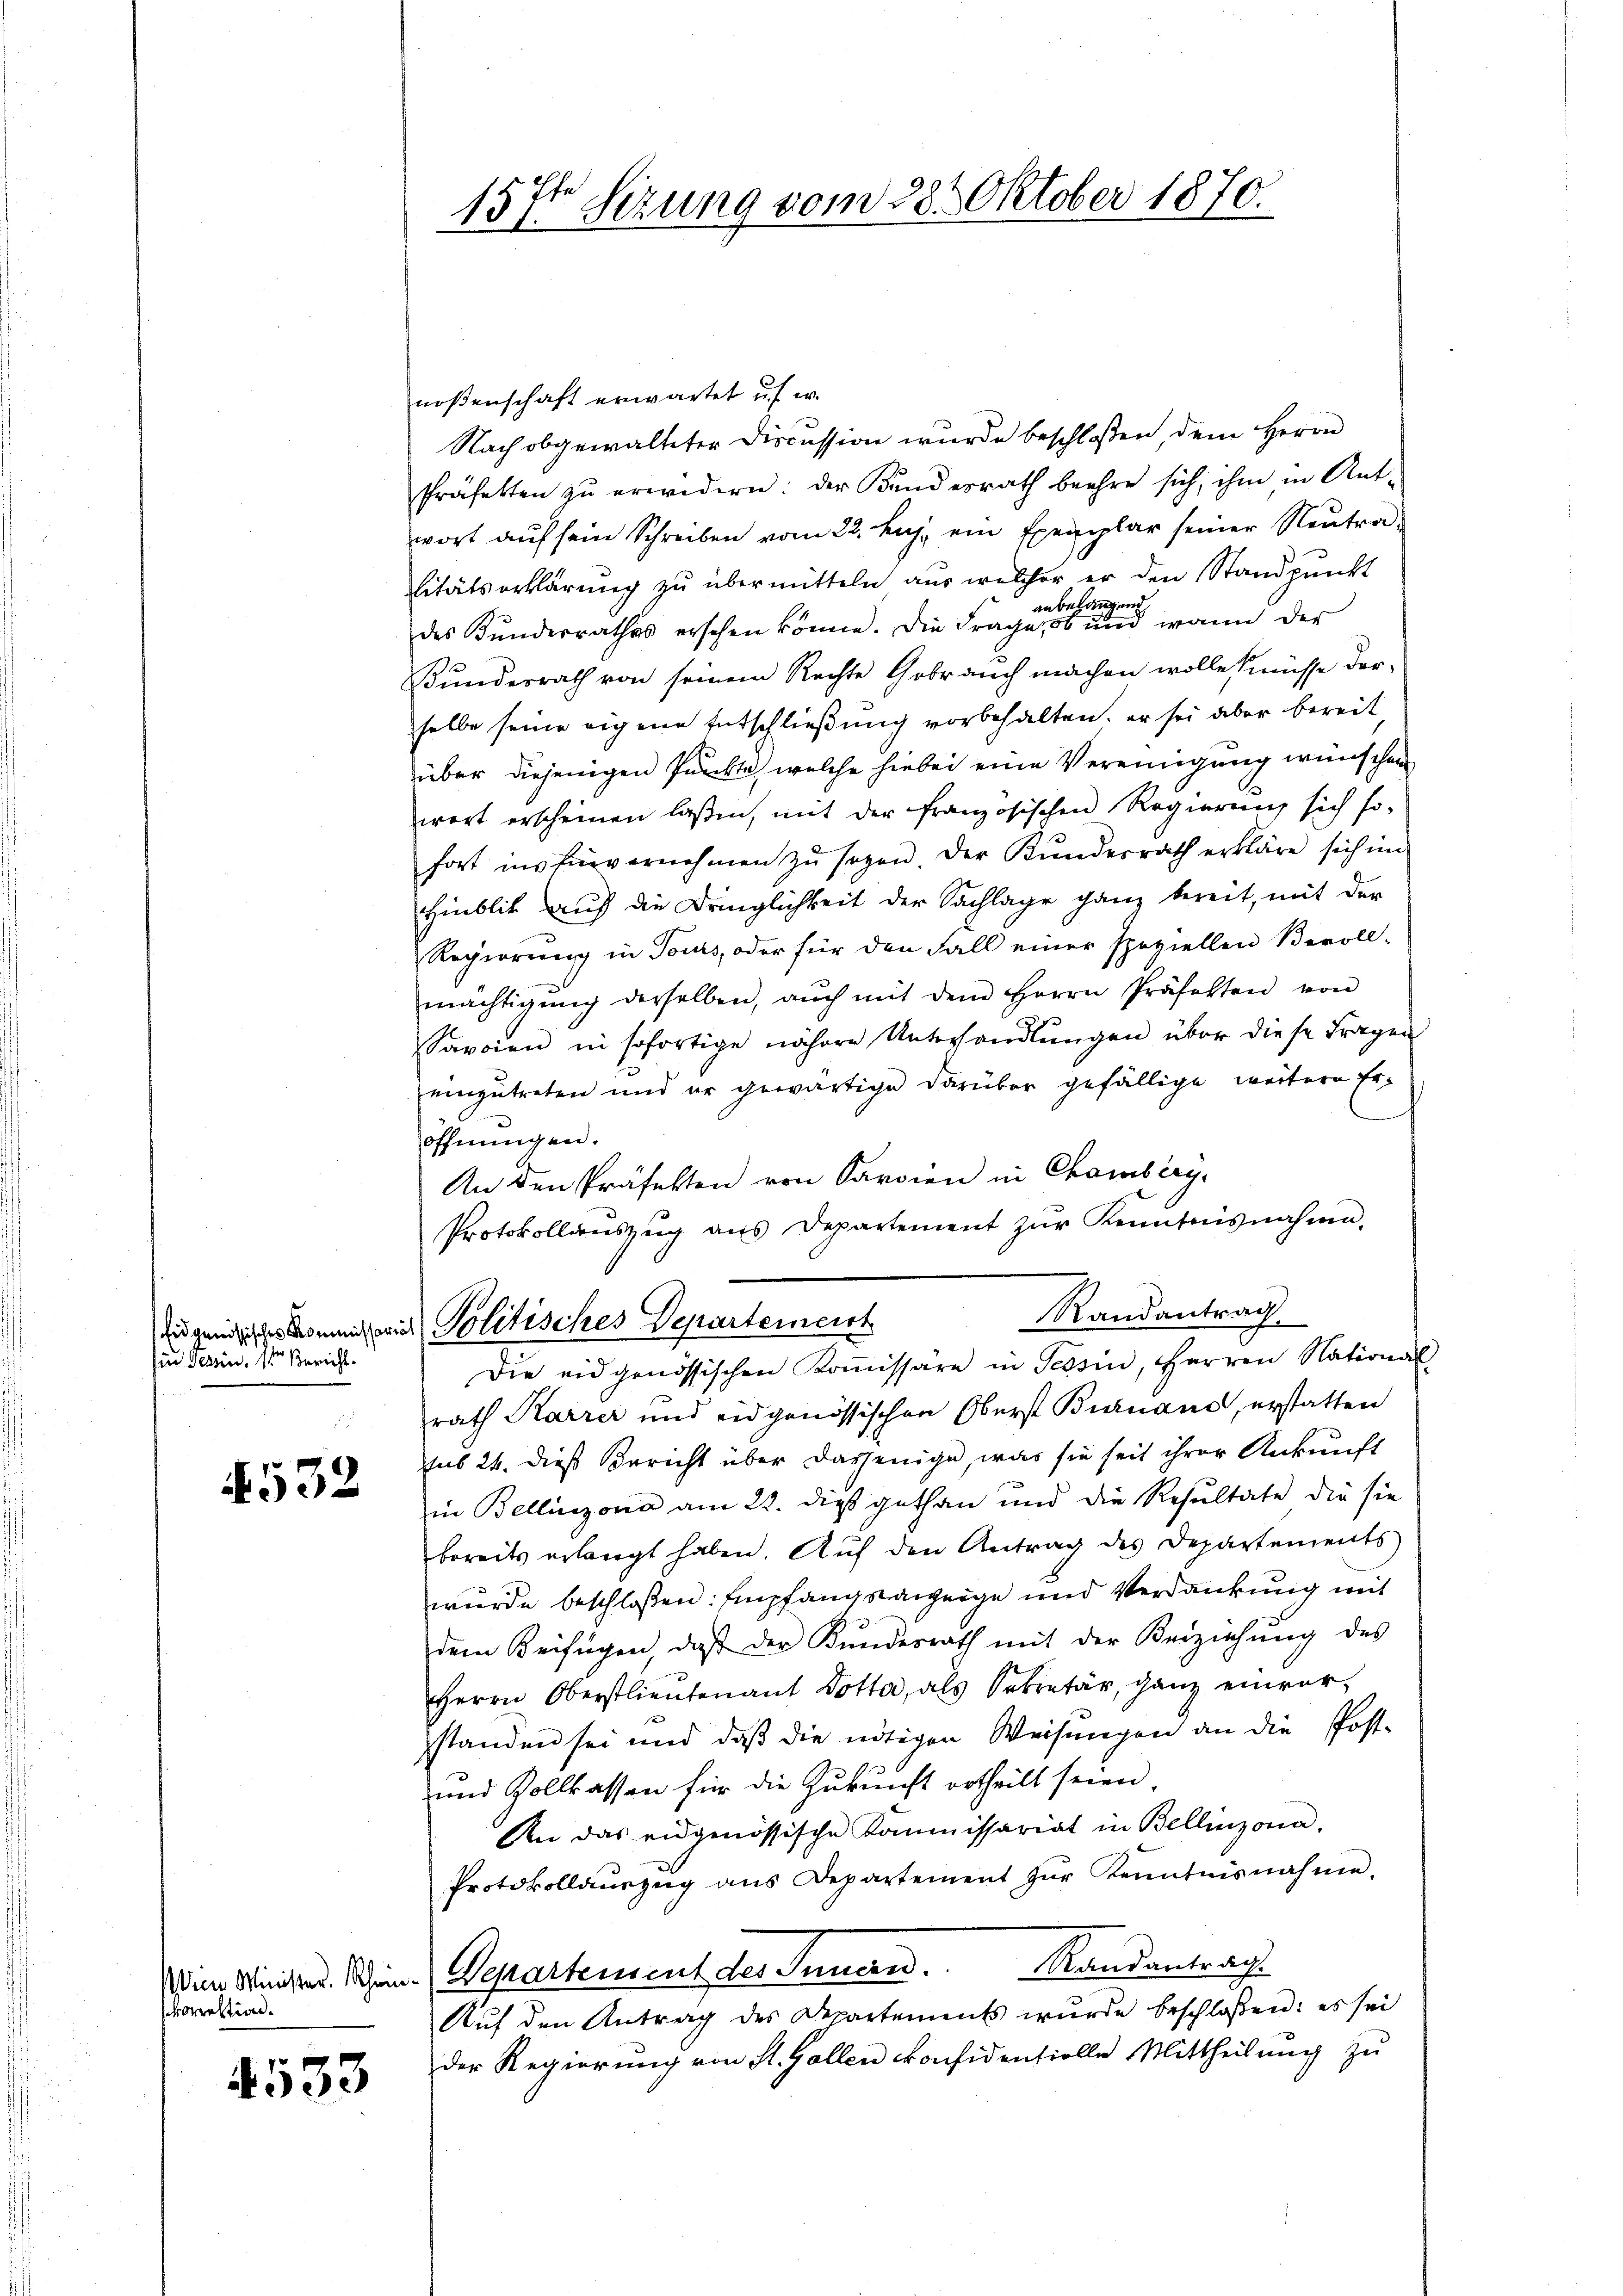
hin Tessin, ster Bericht.

532

korrektion.

4533

15t Sezung vom 28. Oktober 1870.

noßenschaft erwartet u.s. w.
Nach obgewalteter Discussion wurde beschloßen dem Herrn
Präfekten zu erwidern: der Bundesrath beehre sich, ihm in Antwort auf sein Schreiben vom 22. huj. ein Exemplar seiner Neutra¬
Litätserklärung zu übermitteln aus welcher er den Standpunkt
des Kunderrathes erschen könne. Die Fragen eine eine einen wann der
Bundesrath von seinem Rechte Gebrauch machen wolle müsse derselbe seine eigene Entschließung vorbehalten, er sei aber bereit
über diejenigen Punkte, welche hiebei eine Vereinigung wünschen
wort erscheinen laßen, mit der französischen Regierung sich so-
fort ins Einvernehmen zŭ sezen. Der Kundesrath erkläre sich im
Hinblik auf die Dringlichkeit der Sachlage ganz bereit, mit der
Regierŭng in Tours, oder für den Fall einer speziellen Bevoll-
mächtigŭng derselben, aŭch mit dem Herrn Präfekten von
Savoien in sofortige nähere Unterhandlŭngen über diese Fragen
einzutreten und er gewärtige darüber gefällige weitere Eröffnungen.
An den Präfekten von Sardien in Chambieg
Protokollauszug aus Departement zŭr Kenntnisnahme.
Randantrag.
Jugendliches Kommissant Politisches Departemeist
Die eidgenössischen Koṁissäre in Tessin, Herren Nationa
rath Karrer und eidgenössischen Oberst Burnaud, erstatten
sub 24. dieß Bericht über dasjenige, was sie seit ihrer Ankunft
in Bellinzona am 22. dieß gethan und die Resultate die sie
bereits erlangt haben. Auf den Antrag des Departements
wurde beschlossen: Empfangsanzeige und Verdankung mit
dem Beifügen, daβ der Kundesrath mit der Beiziehŭng des
Herrn Oberstlieutenant Dotta, als Sekretär ganz einver-
standen sei und daß die nötigen Weisungen an die Post-
und Zollkassen für die Zukunft ertheilt seien
An das eidgenössische Kommissariat in Bellinzona,
Protokollaŭszŭg ans Departement zŭr Kenntnisnahme.
dem Minister. Schein. Departensent des Innern. Randantrach.
Auf den Antrag des Departements wurde beschlossen: es sei
der Regierung von St. Gallen Konfidentiolle Mittheilung zu